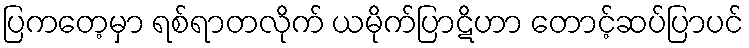
ပြကတေ့မှာ ရစ်ရာတလိုက် ယမိုက်ပြာဋိဟာ တောင့်ဆပ်ပြာပင်